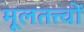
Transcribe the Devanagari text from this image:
मूलतत्त्वों